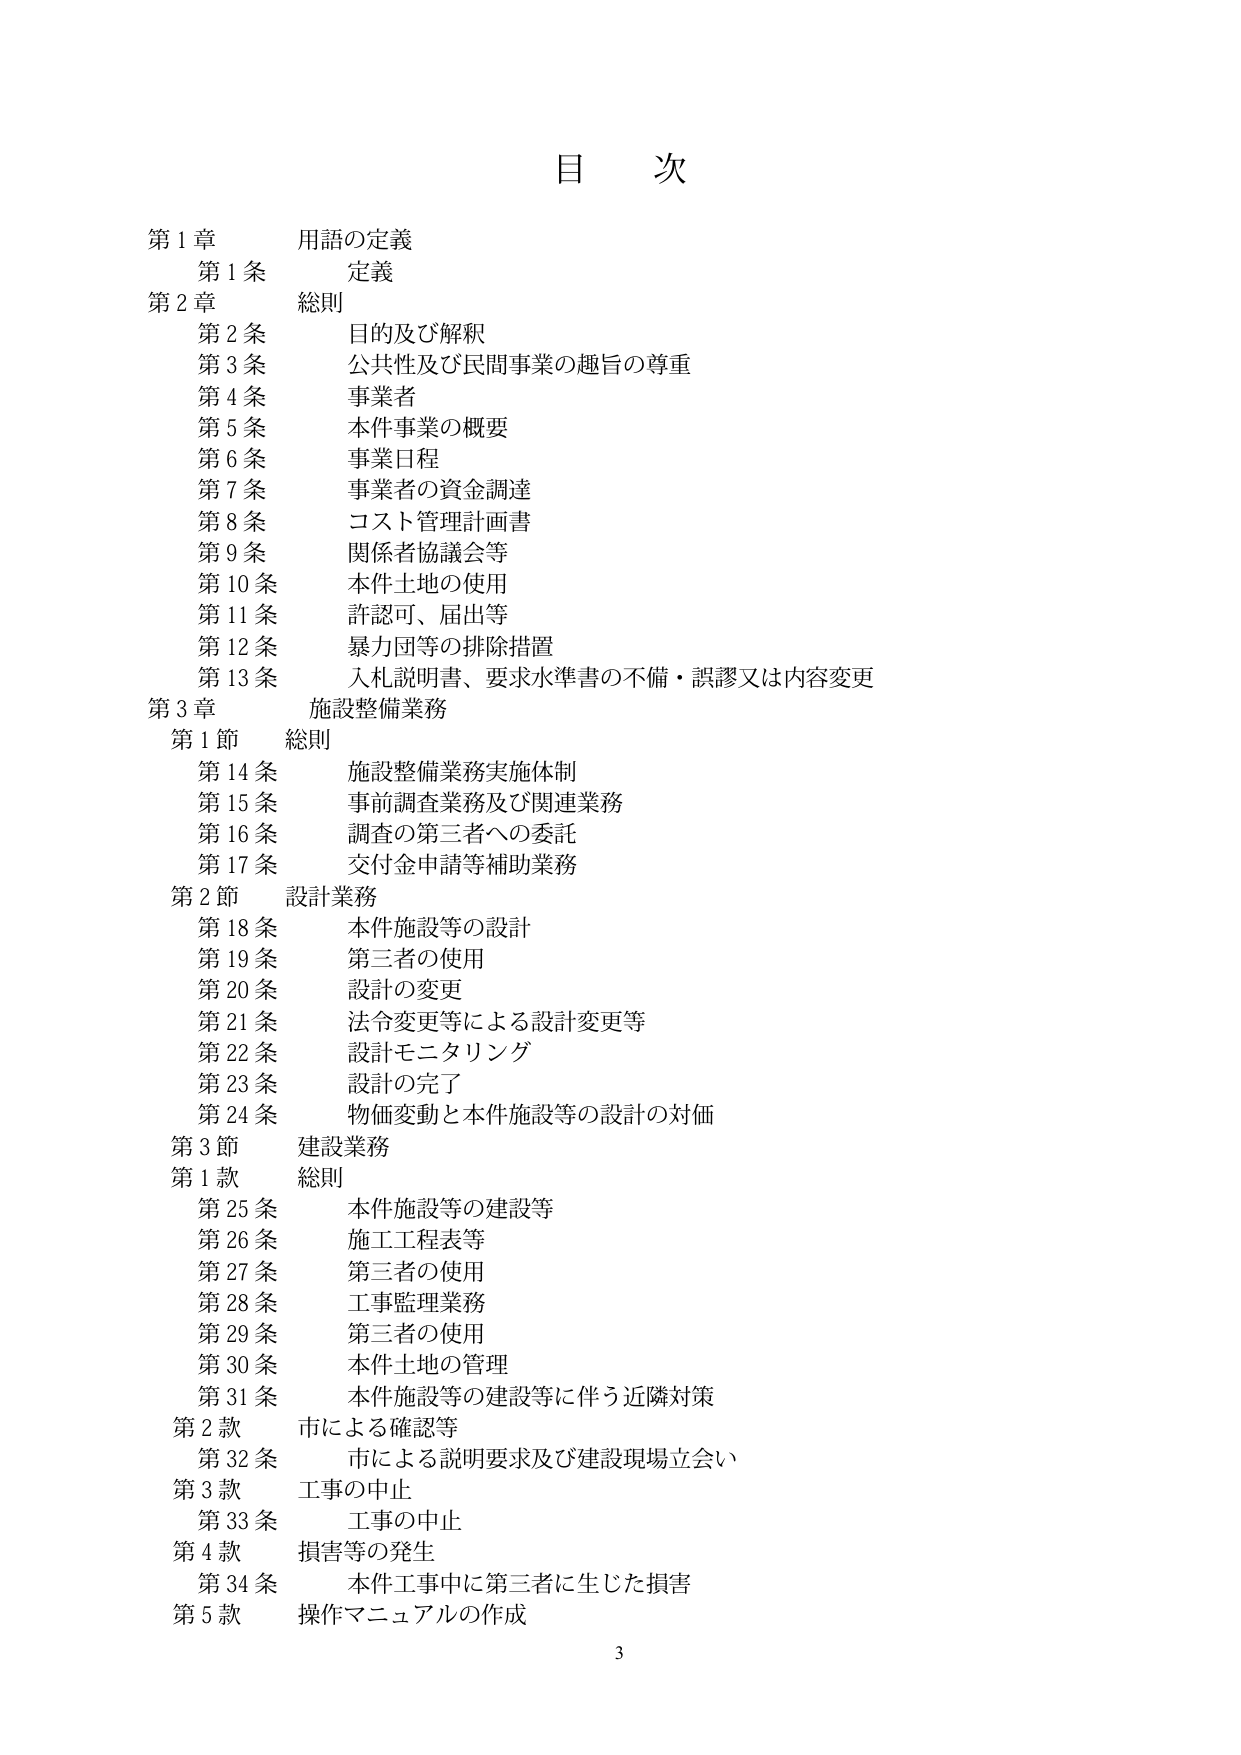
目 次

第1章 用語の定義
　第1条 定義

第2章 総則
　第2条 目的及び解釈
　第3条 公共性及び民間事業の趣旨の尊重
　第4条 事業者
　第5条 本件事業の概要
　第6条 事業日程
　第7条 事業者の資金調達
　第8条 コスト管理計画書
　第9条 関係者協議会等
　第10条 本件土地の使用
　第11条 許認可、届出等
　第12条 暴力団等の排除措置
　第13条 入札説明書、要求水準書の不備・誤謬又は内容変更

第3章 施設整備業務
　第1節 総則
　　第14条 施設整備業務実施体制
　　第15条 事前調査業務及び関連業務
　　第16条 調査の第三者への委託
　　第17条 交付金申請等補助業務

　第2節 設計業務
　　第18条 本件施設等の設計
　　第19条 第三者の使用
　　第20条 設計の変更
　　第21条 法令変更等による設計変更等
　　第22条 設計モニタリング
　　第23条 設計の完了
　　第24条 物価変動と本件施設等の設計の対価

　第3節 建設業務
　　第1款 総則
　　　第25条 本件施設等の建設等
　　　第26条 施工工程表等
　　　第27条 第三者の使用
　　　第28条 工事監理業務
　　　第29条 第三者の使用
　　　第30条 本件土地の管理
　　　第31条 本件施設等の建設等に伴う近隣対策

　　第2款 市による確認等
　　　第32条 市による説明要求及び建設現場立会い

　　第3款 工事の中止
　　　第33条 工事の中止

　　第4款 損害等の発生
　　　第34条 本件工事中に第三者に生じた損害

　　第5款 操作マニュアルの作成

3